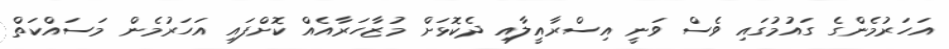
އަހަރުމެންގެ ގައުމުގައި ވެސް ވަނީ އިސްރާއީލާއި ދެކޮޅަށް މުޒާހަރާއެއް ކޮށްފައި އަހަރުމެން މަސައްކަތް